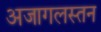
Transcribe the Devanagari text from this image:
अजागलस्तन